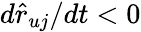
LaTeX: d\hat{r}_{uj}/dt<0